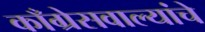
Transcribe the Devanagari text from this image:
काँग्रेसवाल्यांचे